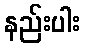
နည်းပါး